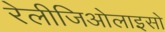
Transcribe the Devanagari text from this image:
रेलीजिओलाइसो